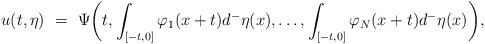
\begin{align*}u(t,\eta) \ = \ \Psi\bigg(t,\int_{[-t,0]}\varphi_1(x+t)d^-\eta(x),\ldots,\int_{[-t,0]}\varphi_N(x+t)d^-\eta(x)\bigg),\end{align*}